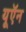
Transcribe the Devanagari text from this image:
यूऍन